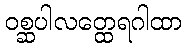
ဝစ္ဆပါလတ္ထေရဂါထာ